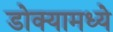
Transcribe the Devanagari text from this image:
डोक्यामध्ये